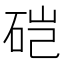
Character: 硙